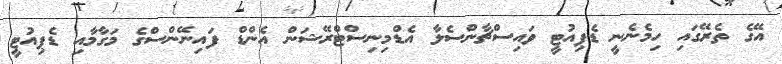
އޭގެ ތެރޭގައި ހިމެނެނީ ޑެޕިއުޓީ ވައިސްޗާންސެލާ އެޑްމިނިސްޓްރޭޝަން އެންޑް ފައިނޭންސްގެ މަގާމާއި ޑެޕިއުޓީ